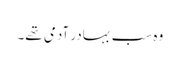
وہ سب بہادر آدمی تھے۔